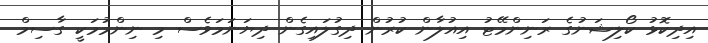
އިދިކޮޅު ކޯލިޝަނުގެ ރަނިންމޭޓު އިއުލާން ކުރުން ދިގުލައިގެން ދިޔަނަމަވެސް މި ނިންމުމަކީ ގާސިމް